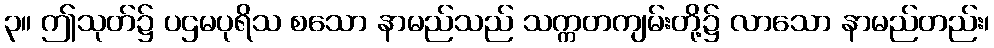
၃။ ဤသုတ်၌ ပဌမပုရိသ စသော နာမည်သည် သက္ကတကျမ်းတို့၌ လာသော နာမည်တည်း၊